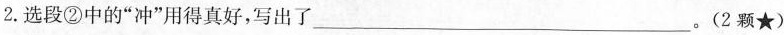
2.选段②中的“冲”用得真好，写出了___。(2颗★)